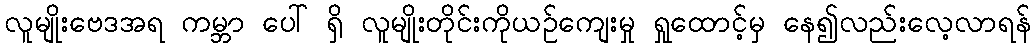
လူမျိုးဗေဒအရ ကမ္ဘာ ပေါ် ရှိ လူမျိုးတိုင်းကိုယဉ်ကျေးမှု ရှုထောင့်မှ နေ၍လည်းလေ့လာရန်